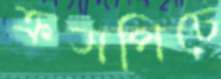
ক্রসপিচে